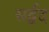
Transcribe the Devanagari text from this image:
सर्द्वद